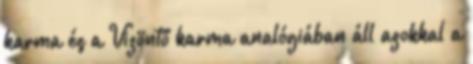
karma és a Vizöntő karma analógiában áll azokkal a